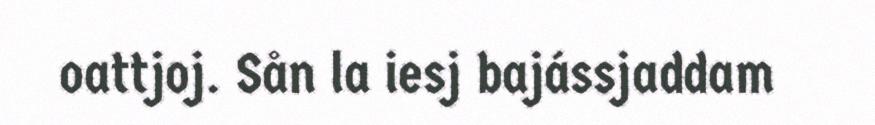
oattjoj. Sån la iesj bajássjaddam